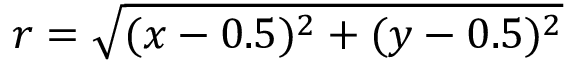
r = \sqrt { ( x - 0 . 5 ) ^ { 2 } + ( y - 0 . 5 ) ^ { 2 } }